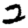
Digit: 2